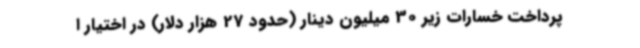
پرداخت خسارات زیر 30 میلیون دینار (حدود 27 هزار دلار) در اختیار ا